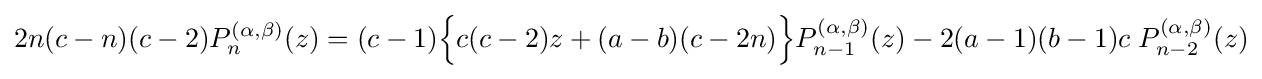
2n(c-n)(c-2)P_{n}^{(\alpha ,\beta )}(z)=(c-1){\Big \{}c(c-2)z+(a-b)(c-2n){\Big \}}P_{n-1}^{(\alpha ,\beta )}(z)-2(a-1)(b-1)c\;P_{n-2}^{(\alpha ,\beta )}(z)